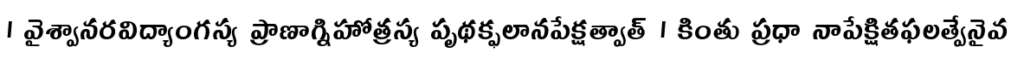
। వైశ్వానరవిద్యాంగస్య ప్రాణాగ్నిహోత్రస్య పృథక్ఫలానపేక్షత్వాత్ । కింతు ప్రధా నాపేక్షితఫలత్వేనైవ